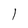
Character: l